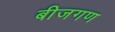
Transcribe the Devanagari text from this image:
बीजगण